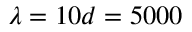
\lambda = 1 0 d = 5 0 0 0